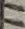
Text: 11